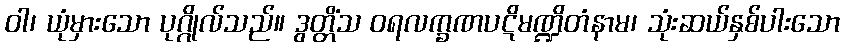
ဝါ၊ ယုံမှားသော ပုဂ္ဂိုလ်သည်။ ဒွတ္တိံသ ဝရလက္ခဏပဋိမဏ္ဍိတံနာမ၊ သုံးဆယ်နှစ်ပါးသော